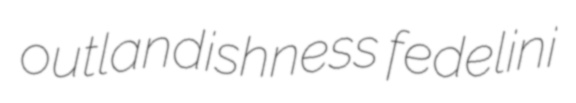
outlandishness fedelini